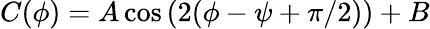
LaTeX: C(\phi)=A\cos{(2(\phi-\psi+\pi/2))}+B